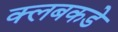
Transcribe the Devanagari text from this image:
क्लबकडे